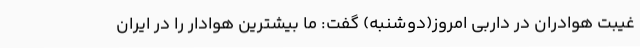
غیبت هوادران در داربی امروز(دوشنبه) گفت: ما بیشترین هوادار را در ایران